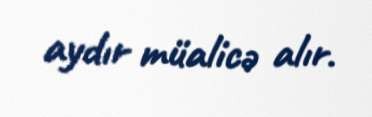
aydır müalicə alır.